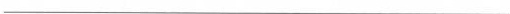
___